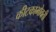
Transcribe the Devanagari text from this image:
कीटकाभोवती